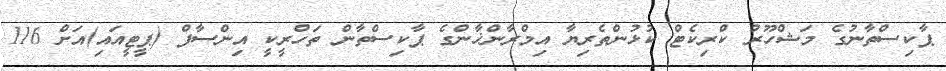
ޕާކިސްތާނުގެ މަޝްހޫރު ކްރިކެޓް ކުޅުންތެރިޔާ އިމްރާންޚާންގެ ޕާކިސްތާން ތަހްރީކީ އިންސާފް (ޕީޓީއައި)އަށް 116